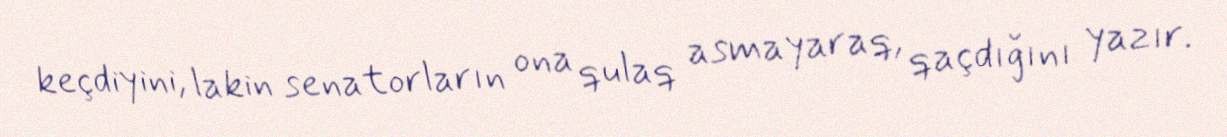
keçdiyini, lakin senatorların ona qulaq asmayaraq, qaçdığını yazır.